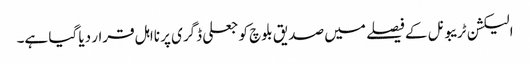
الیکشن ٹریبونل کے فیصلے میں صدیق بلوچ کو جعلی ڈگری پر نااہل قرار دیا گیا ہے۔